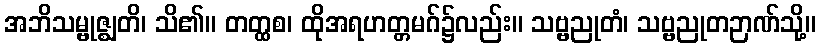
အဘိသမ္ဗုဇ္ဈတိ၊ သိ၏။ တတ္ထစ၊ ထိုအရဟတ္တမဂ်၌လည်း။ သဗ္ဗညုတံ၊ သဗ္ဗညုတဉာဏ်သို့။